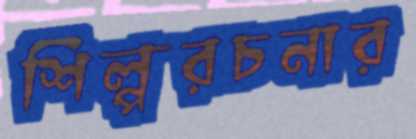
শিল্পরচনার